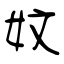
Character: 妏